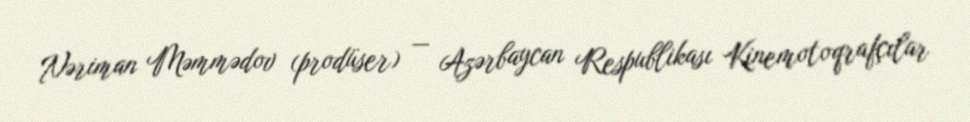
Nəriman Məmmədov (prodüser) — Azərbaycan Respublikası Kinemotoqrafçılar